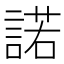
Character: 諾